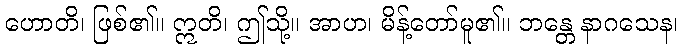
ဟောတိ၊ ဖြစ်၏။ ဣတိ၊ ဤသို့။ အာဟ၊ မိန့်တော်မူ၏။ ဘန္တေ နာဂသေန၊